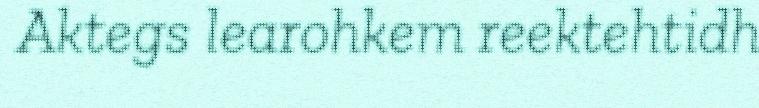
Aktegs learohkem reektehtidh